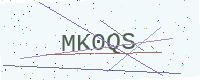
Text: MK0QS